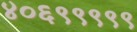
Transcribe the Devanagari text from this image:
४०६९९९९९